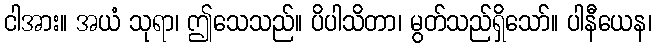
ငါအား။ အယံ သုရာ၊ ဤသေသည်။ ပိပါသိတာ၊ မွတ်သည်ရှိသော်။ ပါနီယေန၊